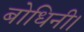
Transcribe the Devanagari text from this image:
बोधिनी।